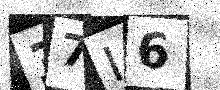
Text: 37I6